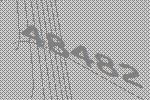
48482